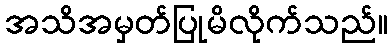
အသိအမှတ်ပြုမိလိုက်သည်။